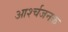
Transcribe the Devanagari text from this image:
आर्श्चजनक